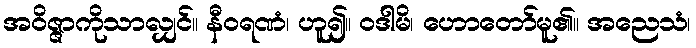
အဝိဇ္ဇာကိုသာလျှင်။ နီဝရဏံ၊ ဟူ၍။ ဝဒါမိ၊ ဟောတော်မူ၏။ အညေသံ၊